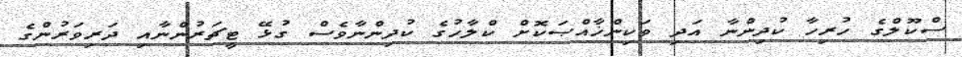
ސްކޫލްގެ ހުރިހާ ކުދިންނާ އަދި ވަކިންޚާއްޞަކޮށް ކްލާހުގެ ކުދިންނާވެސް ގުޅޭ ޓީޗަރުންނާއި ދަރިވަރުންގެ